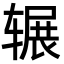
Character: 辗